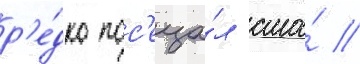
р'е́дко пос'еща́л сша́ //